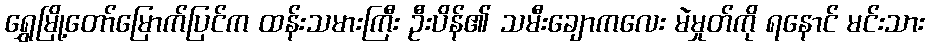
ရွှေမြို့တော်မြောက်ပြင်က ထန်းသမားကြီး ဦးပိန်၏ သမီးချောကလေး မဲမှုတ်ကို ရနောင် မင်းသား